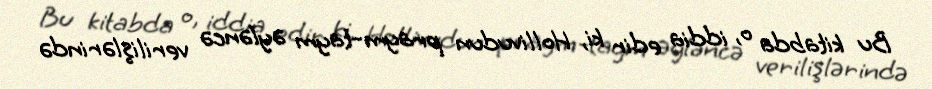
Bu kitabda o, iddia edir ki, Hollivudun praym-taym əyləncə verilişlərində